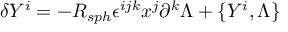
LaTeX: \delta Y ^ { i } = - R _ { s p h } \epsilon ^ { i j k } x ^ { j } \partial ^ { k } \Lambda + \{ Y ^ { i } , \Lambda \}